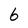
Character: 6